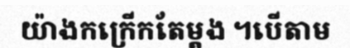
យ៉ាងកក្រើកតែម្តង ។បើតាម